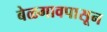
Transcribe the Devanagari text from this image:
बेळगावपासून